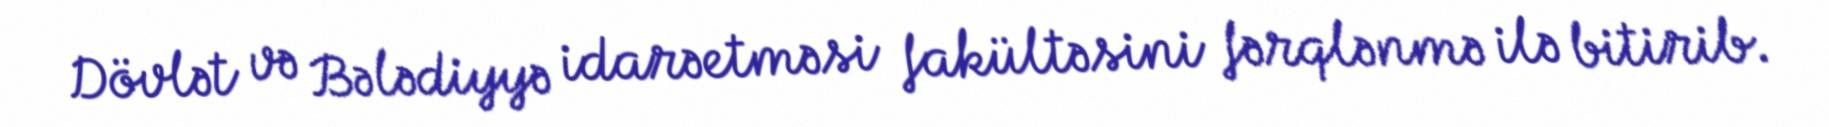
Dövlət və Bələdiyyə idarəetməsi fakültəsini fərqlənmə ilə bitirib.